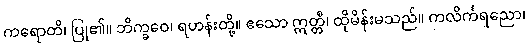
ကရောတိ၊ ပြု၏။ ဘိက္ခဝေ၊ ရဟန်းတို့။ ဧသော ဣတ္တီ၊ ထိုမိန်းမသည်။ ကလိင်္ကရညော၊